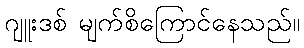
ဂျူးဒစ် မျက်စိကြောင်နေသည်။